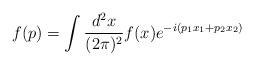
LaTeX: \begin{align*}f(p) = \int \frac{d^2x}{(2\pi)^2} f(x)e^{-i(p_1 x_1 + p_2 x_2 )}\end{align*}